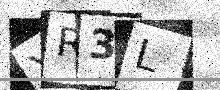
Text: YR3L